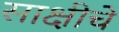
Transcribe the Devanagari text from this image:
साक्षीचे